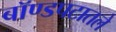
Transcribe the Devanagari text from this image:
बॉण्डपटातले